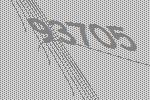
93705